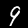
Label: 9